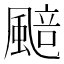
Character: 䬏